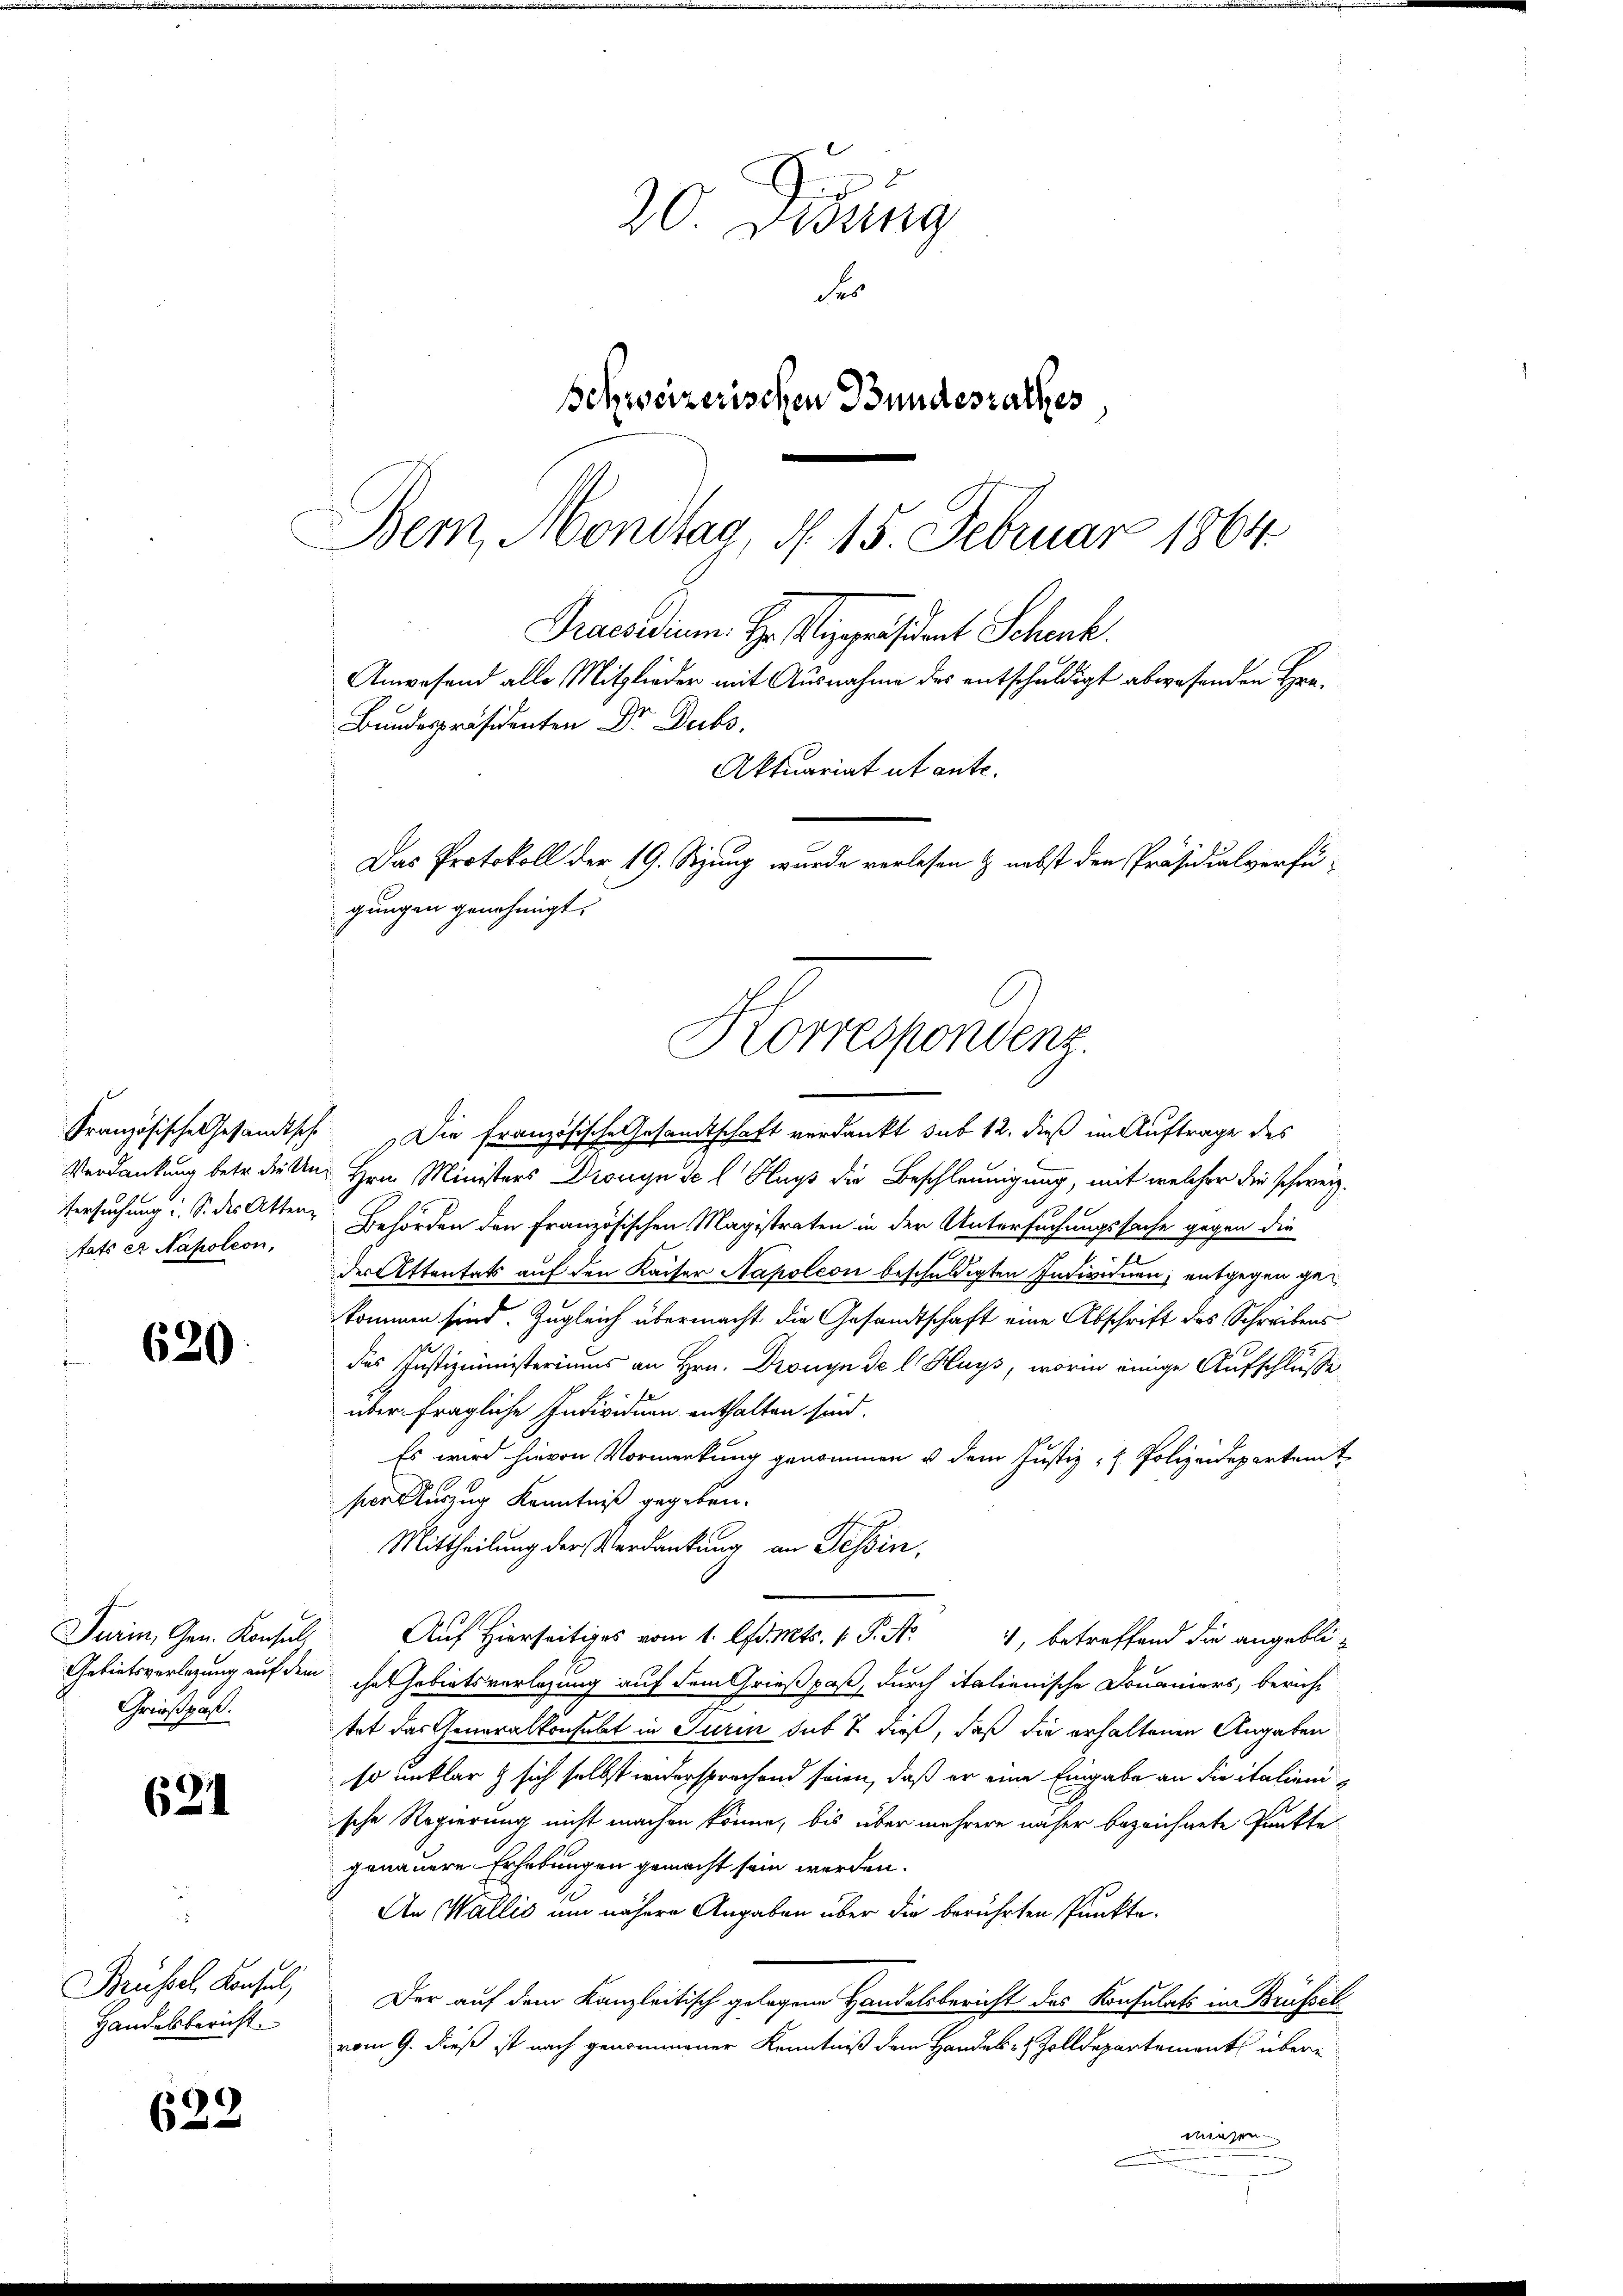
tats A Napoleon,

620.

Turin, Gen. Konsul
Grießpaß.

621

Handesbericht.

)
63

u
20. Denung
der
Schweizerischen Bundesrathes
Bem, Mondtag, d. 15. Februar 1864.

Französische Gesandtsche Die Französische Gesandtschaft verdankt sub 12. dieß im Auftrage des
Verdankung betr. die An Hrn. Ministers Dronynsc l Klags die Beschleunigung, mit welcher die schweiz.
Versuchung i. S. des Atten Behörden den Französischen Magistraten in der Untersuchungssache gegen die
der Attentats auf den Kaiser Napoleon beschuldigten Individuen, entgegen gekommen sind. Zugleich übermacht die Gesandtschaft eine Abschrift des Schreibens
das Justizministeriums an Hrn. Dronyn de l. Hays, worin einige Aufschlusse
über fragliche Individuen enthalten sind.
Es wird hievon Vormerkung genommen u dem Justiz- & Polizeidepartamt
sakterzug Kenntniß gegeben.
Mittheilung der Verdankung an Tessin,
Auf Hierseitiges vom 1. d. Mts. 1. P. Nr. 4, betreffend die angebli-
Gebietsverlegung auf dem ihr Gebietsvorlegung auf dem Grießpaß, durch italienische Domaniers, bericht
tet das Generalkonsebt in Turin sub 7 dieß, daß die erhaltenen Angaben
so unklar & sich selbst widersprechend seien, daß er eine Eingabe an die italiensche Regierung nicht machen könne, bis über mehrere näher bezeichnete Punkte
genauere Erhebungen gemacht sein werden.
An Wallis um nähere Angaben über die berührten Punkte.
Brüssel, Konsul Der auf dem Kanzleitisch gelegene Handelsbericht des Konsulats im Brüsselvom 9. dieß ist nach genommener Kenntniß dem Handels- & Zolldepartements überwiesen

Anwesend alle Mitglieder mit Ausnahme des entschuldigt abwesenden Hrn.
Bundespräsidenten Dr. Dubs,
Aktuariat ut ante.
Das Protokoll der 19. Setzung wurde verlesen & nebst den Präsidialverfügungen genehmigt.
Korrespondenz.

Praesidium. Hr. Repräsident Schank.